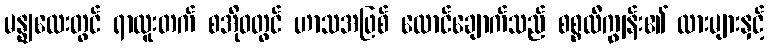
မန္ဈလေးတွင် ရာထူးတက် စအိုဝတွင် ဟာသအဖြစ် ထောင်ချောက်သည် စစ္စလီကျွန်း၏ ထားများနှင့်